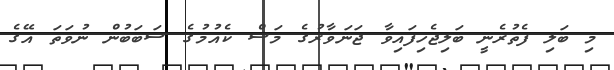
މި ބަލި ފެތުރެނީ ބަލިޖެހިފައިވާ ޖަނަވާރުގެ މަސް ކެއުމުގެ ސަބަބުން ނުވަތަ އޭގެ